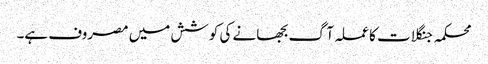
محکمہ جنگلات کا عملہ آگ بجھانے کی کوشش میں مصروف ہے۔